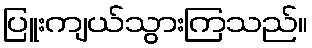
ပြူးကျယ်သွားကြသည်။